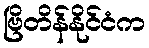
ဗြိတိန်နိုင်ငံက